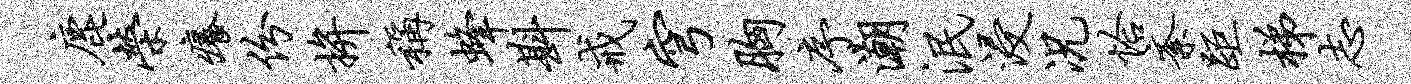
鹿荣痒份拚称蜂斟戒穹胸序潮泯浸况恰紊距梯志